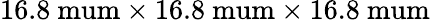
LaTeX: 16.8\mathrm{\ mum}\times 16.8\mathrm{\ mum}\times 16.8\mathrm{\ mum}